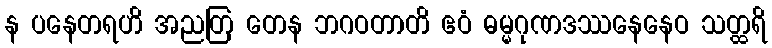
န ပနေတရဟိ အညတြ တေန ဘဂဝတာတိ ဧဝံ ဓမ္မဂုဏဒဿနေနေဝ သတ္ထရိ